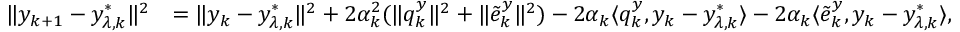
\begin{array} { r l } { \| y _ { k + 1 } - y _ { \lambda , k } ^ { * } \| ^ { 2 } } & { = \| y _ { k } - y _ { \lambda , k } ^ { * } \| ^ { 2 } + 2 \alpha _ { k } ^ { 2 } ( \| q _ { k } ^ { y } \| ^ { 2 } + \| \tilde { e } _ { k } ^ { y } \| ^ { 2 } ) - 2 \alpha _ { k } \langle q _ { k } ^ { y } , y _ { k } - y _ { \lambda , k } ^ { * } \rangle - 2 \alpha _ { k } \langle \tilde { e } _ { k } ^ { y } , y _ { k } - y _ { \lambda , k } ^ { * } \rangle , } \end{array}